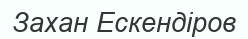
Захан Ескендіров